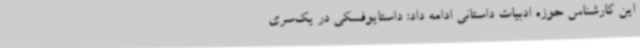
این کارشناس حوزه ادبیات داستانی ادامه داد: داستایوفسکی در یک‌سری